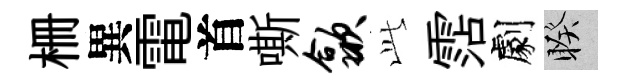
栅異電首嘶歙𬼘霑劇睽